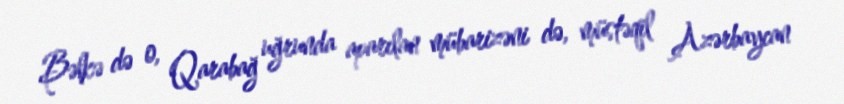
Bəlkə də o, Qarabağ uğrunda aparılan mübarizəni də, müstəqil Azərbaycan